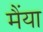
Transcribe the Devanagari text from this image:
मैंया